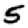
Digit: 5